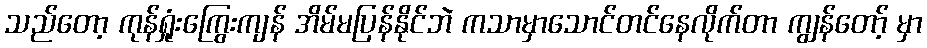
သည်တော့ ကုန်ရှုံးကြွေးကျန် အိမ်မပြန်နိုင်ဘဲ ကသာမှာသောင်တင်နေလိုက်တာ ကျွန်တော့် မှာ